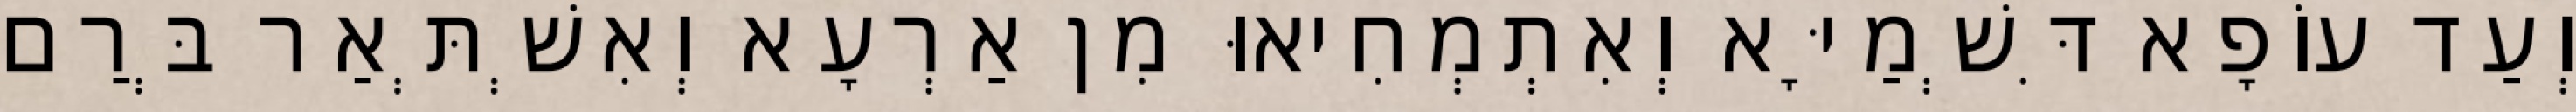
וְעַד עוֹפָא דִּשְׁמַיָּא וְאִתְמְחִיאוּ מִן אַרְעָא וְאִשְׁתְּאַר בְּרַם